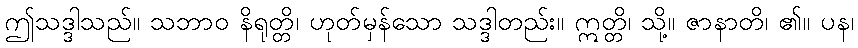
ဤသဒ္ဒါသည်။ သဘာဝ နိရုတ္တိ၊ ဟုတ်မှန်သော သဒ္ဒါတည်း။ ဣတ္တိ၊ သို့။ ဇာနာတိ၊ ၏။ ပန၊